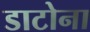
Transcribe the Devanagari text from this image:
डाटोना